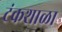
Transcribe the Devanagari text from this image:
टंकशाळा